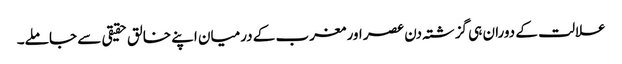
علالت کے دوران ہی گزشتہ دن عصر اور مغرب کے درمیان اپنے خالق حقیقی سے جا ملے۔